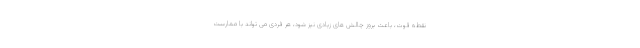
نقطه قوت، باعث بروز چالش های زیادی نیز شود، هر فردی می تواند با ممارست